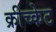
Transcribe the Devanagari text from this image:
क्रीच्केट